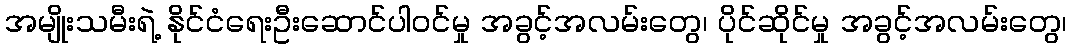
အမျိုးသမီးရဲ့ နိုင်ငံရေးဦးဆောင်ပါဝင်မှု အခွင့်အလမ်းတွေ၊ ပိုင်ဆိုင်မှု အခွင့်အလမ်းတွေ၊